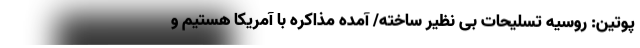
پوتین: روسیه تسلیحات بی نظیر ساخته/ آمده مذاکره با آمریکا هستیم و